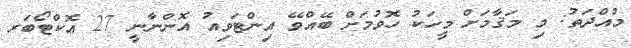
މުއްދަތު: މި މަޤާމަށް މީހަކު ހޮވުމަށް ބޭއްވޭ އިންޓަވިއު އޮންނާނީ 27 އޮކްޓޯބަރ